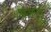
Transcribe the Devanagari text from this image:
बिजेथुआ